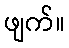
ဖျက်။